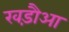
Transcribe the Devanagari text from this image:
खड़ौआ